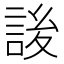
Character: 𰴷